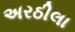
અરઠીલા